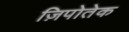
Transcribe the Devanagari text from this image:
ज़िपोतेक